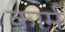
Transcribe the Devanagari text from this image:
कार्म